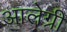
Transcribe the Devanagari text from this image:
आलेग्री